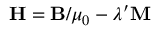
\mathbf { H } = \mathbf { B } / \mu _ { 0 } - \lambda ^ { \prime } \mathbf { M }